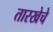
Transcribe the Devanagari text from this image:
तारखेचे